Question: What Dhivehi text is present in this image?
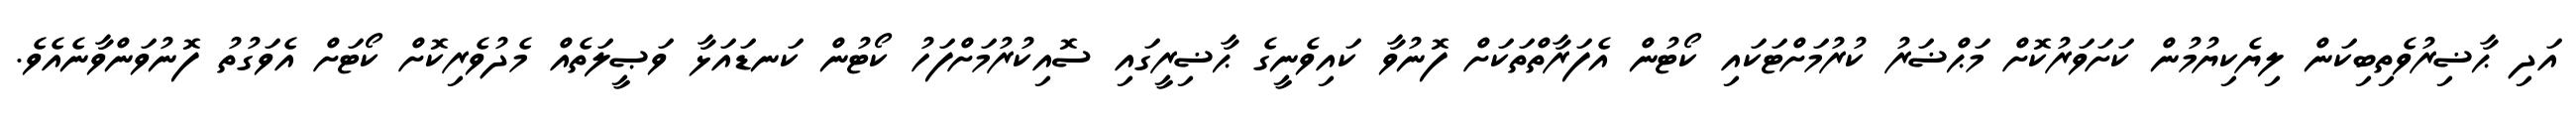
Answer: އަދި ޙާޟިރުވެތިބިކަން ލިޔެކިޔުމުން ކަށަވަރުކޮށް މަޙްޟަރު ކުރުމަށްޓަކައި ކޯޓުން އެފަރާތްތަކަށް ފޮނުވާ ކައިވެނީގެ ޙާޟިރީގައި ސޮއިކުރުމަށްފަހު ކޯޓުން ކަނޑައަޅާ ވަޞީލަތެއް މެދުވެރިކޮށް ކޯޓަށް އެވަގުތު ފޮނުވަންވާނެއެވެ.